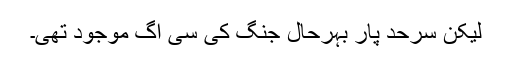
لیکن سرحد پار بہرحال جنگ کی سی آگ موجود تھی۔